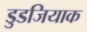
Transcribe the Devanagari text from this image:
डुडजियाक